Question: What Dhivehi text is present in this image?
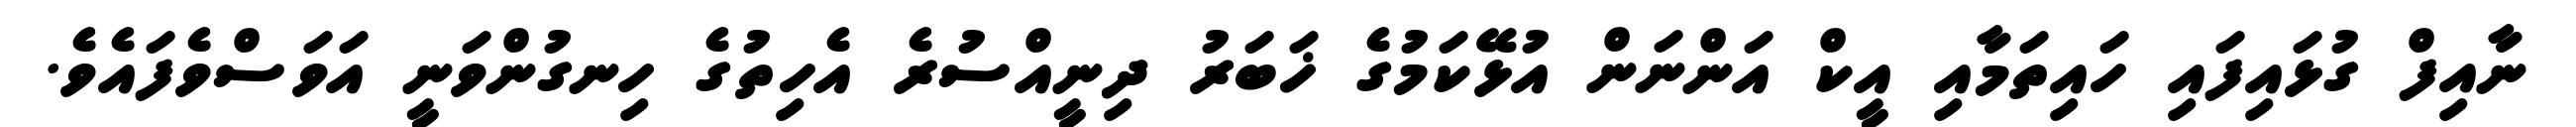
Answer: ނާއިފް ގުޅައިފައި ހައިތަމާއި އީކް އަންނަން އުޅޭކަމުގެ ޚަބަރު ދިނީއްސުރެ އެހިތުގެ ހިނގުންވަނީ އަވަސްވެފައެވެ.